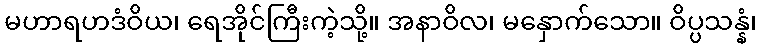
မဟာရဟဒံဝိယ၊ ရေအိုင်ကြီးကဲ့သို့။ အနာဝိလ၊ မနှောက်သော။ ဝိပ္ပသန္နံ၊